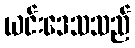
ယင်းဒေသသည်